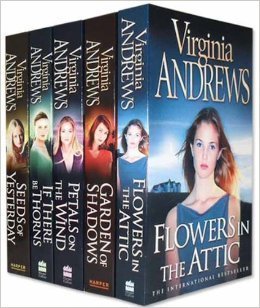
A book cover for Flowers in the Attic /  Petals on the Wind / If There Be Thorns / Seeds of Yesterday / Garden of Shadows; Virginia Andrews; Literature & Fiction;